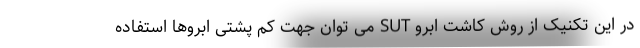
در این تکنیک از روش کاشت ابرو SUT می توان جهت کم پشتی ابروها استفاده